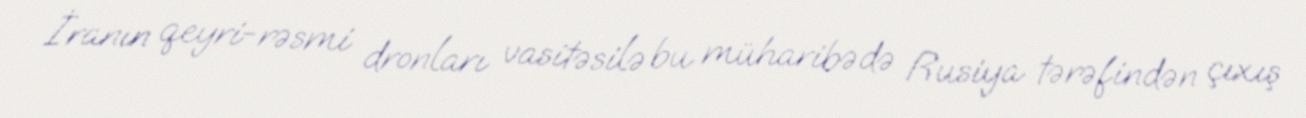
İranın qeyri-rəsmi dronları vasitəsilə bu müharibədə Rusiya tərəfindən çıxış